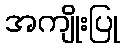
အကျိုးပြု